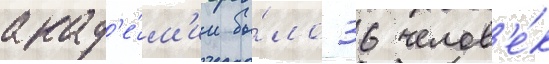
акад'е́м'ии бы́ло 36 челов'е́к